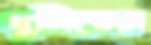
খুলিতের